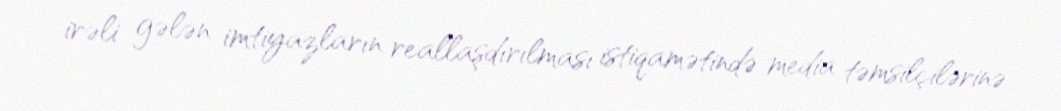
irəli gələn imtiyazların reallaşdırılması istiqamətində media təmsilçilərinə